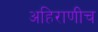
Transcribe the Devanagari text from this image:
अहिराणीच